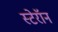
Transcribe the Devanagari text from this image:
स्टेरॉन